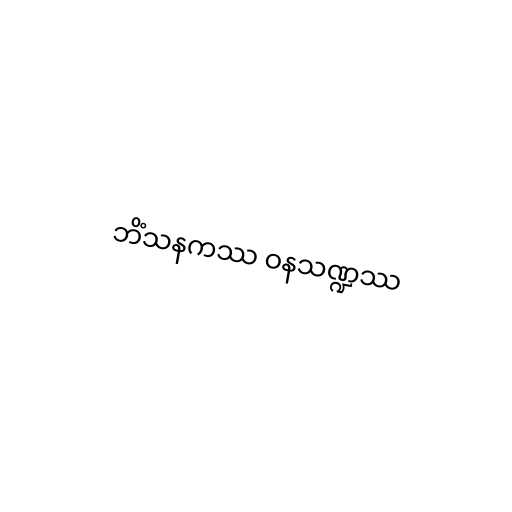
ဘိံသနကဿ ဝနသဏ္ဍဿ